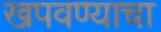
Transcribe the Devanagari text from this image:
खपवण्याचा